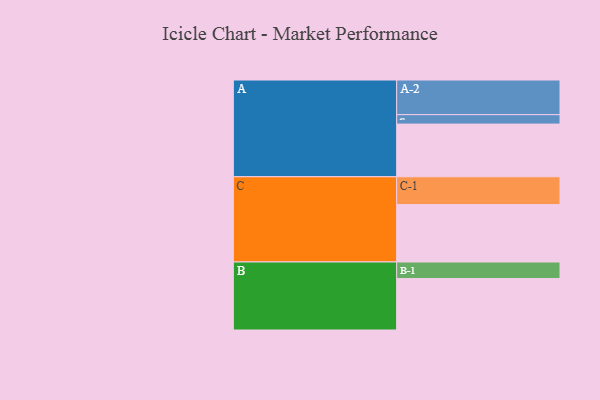
{"axis": {"x": "Segment", "y": "Value"}, "legend": ["", "A", "B", "C"], "data": [{"x": "A", "y": 447, "type": ""}, {"x": "B", "y": 437, "type": ""}, {"x": "C", "y": 487, "type": ""}, {"x": "A-1", "y": 80, "type": "A"}, {"x": "A-2", "y": 294, "type": "A"}, {"x": "B-1", "y": 140, "type": "B"}, {"x": "C-1", "y": 236, "type": "C"}]}